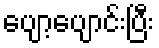
ပျော့ပျောင်းပြီး